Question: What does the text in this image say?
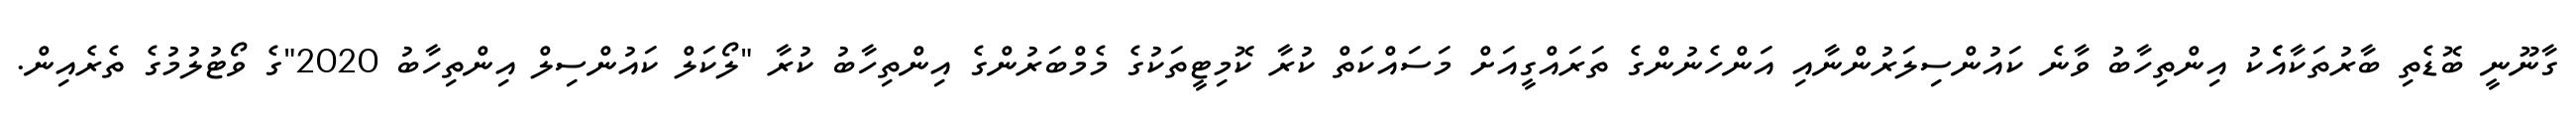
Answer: ގާނޫނީ ބޮޑެތި ބާރުތަކާއެެކު އިންތިހާބު ވާނެ ކައުންސިލަރުންނާއި އަންހެނުންގެ ތަރައްގީއަށް މަސައްކަތް ކުރާ ކޮމިޓީތަކުގެ މެމްބަރުންގެ އިންތިހާބު ކުރާ "ލޯކަލް ކައުންސިލް އިންތިހާބު 2020"ގެ ވޯޓުލުމުގެ ތެރެއިން.